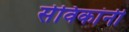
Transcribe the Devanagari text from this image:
सेविकांनी